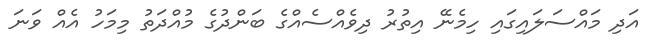
އަދި މައްސަލައިގައި ހިމެނޭ އިތުރު ދިވެއްސެއްގެ ބަންދުގެ މުއްދަތު މިމަހު އެއް ވަނަ